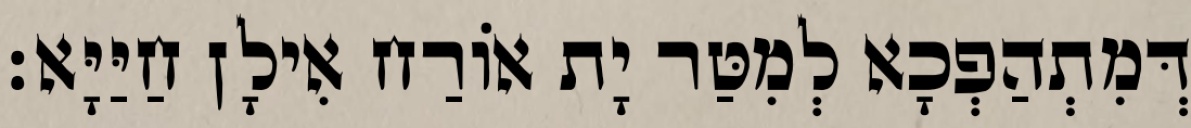
דְּמִתְהַפְכָא לְמִטַּר יָת אוֹרַח אִילָן חַיַּיָּא׃